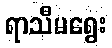
ရာသီမရွေး